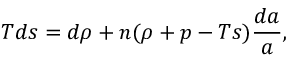
T d s = d \rho + n ( \rho + p - T s ) { \frac { d a } { a } } ,